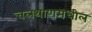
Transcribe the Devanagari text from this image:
चलथाणमधील